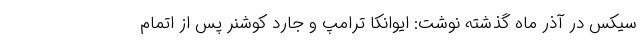
سیکس در آذر ماه گذشته نوشت: ایوانکا ترامپ و جارد کوشنر پس از اتمام